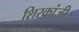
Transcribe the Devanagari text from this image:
शिरकांज़ी